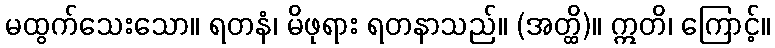
မထွက်သေးသော။ ရတနံ၊ မိဖုရား ရတနာသည်။ (အတ္ထိ)။ ဣတိ၊ ကြောင့်။